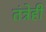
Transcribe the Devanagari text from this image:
तंत्रेही